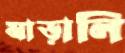
মাড়ালি